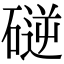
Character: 磀